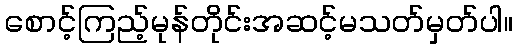
စောင့်ကြည့်မုန်တိုင်းအဆင့်မသတ်မှတ်ပါ။